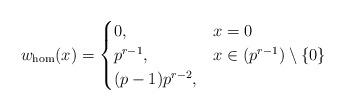
LaTeX: \begin{align*}w_{\textnormal{hom}}(x)=\begin{cases}0, & x=0 \\p^{r-1}, & x\in (p^{r-1}) \setminus \{0\}\\(p-1)p^{r-2}, & \end{cases}\end{align*}